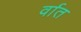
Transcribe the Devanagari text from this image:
र्वात